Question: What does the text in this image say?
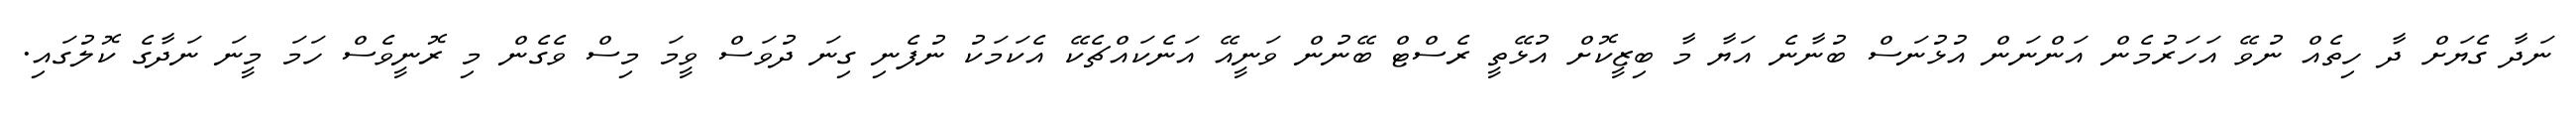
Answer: ނަދާ ގެޔަށް ދާ ހިތެއް ނުވޭ އަހަރުމެން އަންނަން އުޅުނަސް ބުނާނެ އަޔާ މާ ބިޒީކޮށް އުޅޭތީ ރެސްޓް ބޭނުން ވަނީއޭ އަނެކައްޗެކޭ އެކަމަކު ނުފެނި ގިނަ ދުވަސް ވީމަ މިސް ވެގެން މި ރޮނީވެސް ހަމަ މީނަ ނަދާގެ ކޮލުގައި.